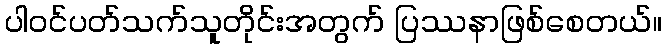
ပါဝင်ပတ်သက်သူတိုင်းအတွက် ပြဿနာဖြစ်စေတယ်။